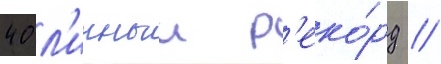
40 л'ичныи р'еко́рд /